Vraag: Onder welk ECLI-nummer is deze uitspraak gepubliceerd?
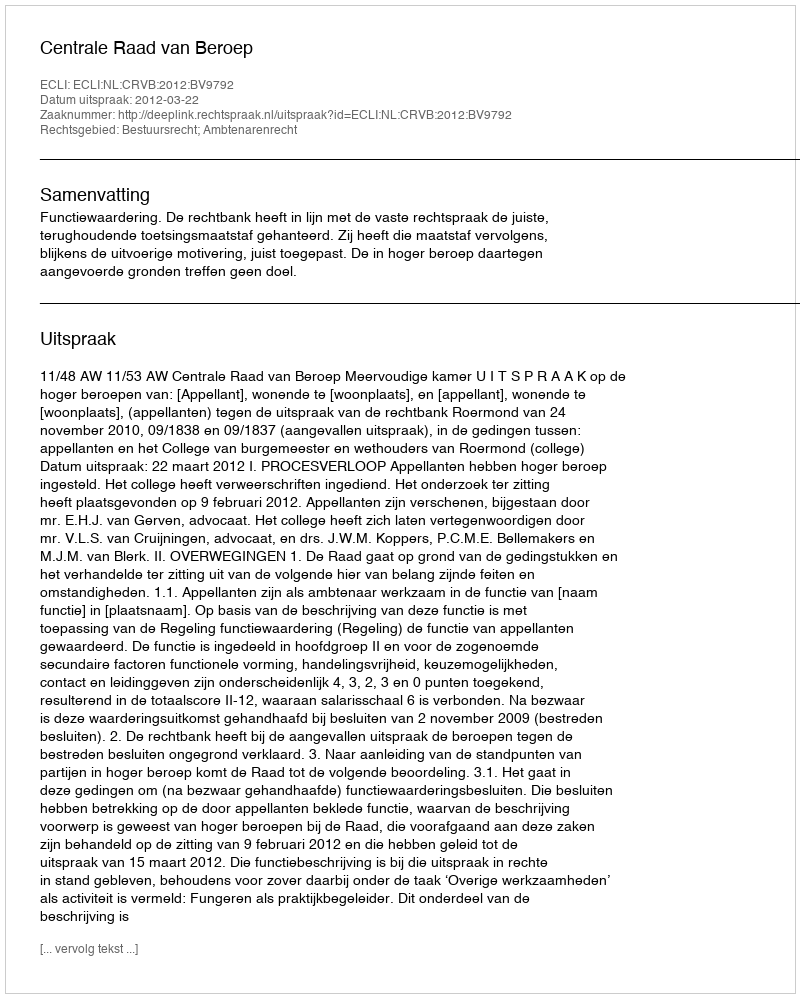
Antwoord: ECLI:NL:CRVB:2012:BV9792